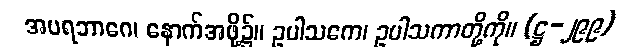
အပရဘာဂေ၊ နောက်အဖို့၌။ ဥပါသကေ၊ ဥပါသကာတို့ကို။ (ဋ္ဌ-၂၉၉)